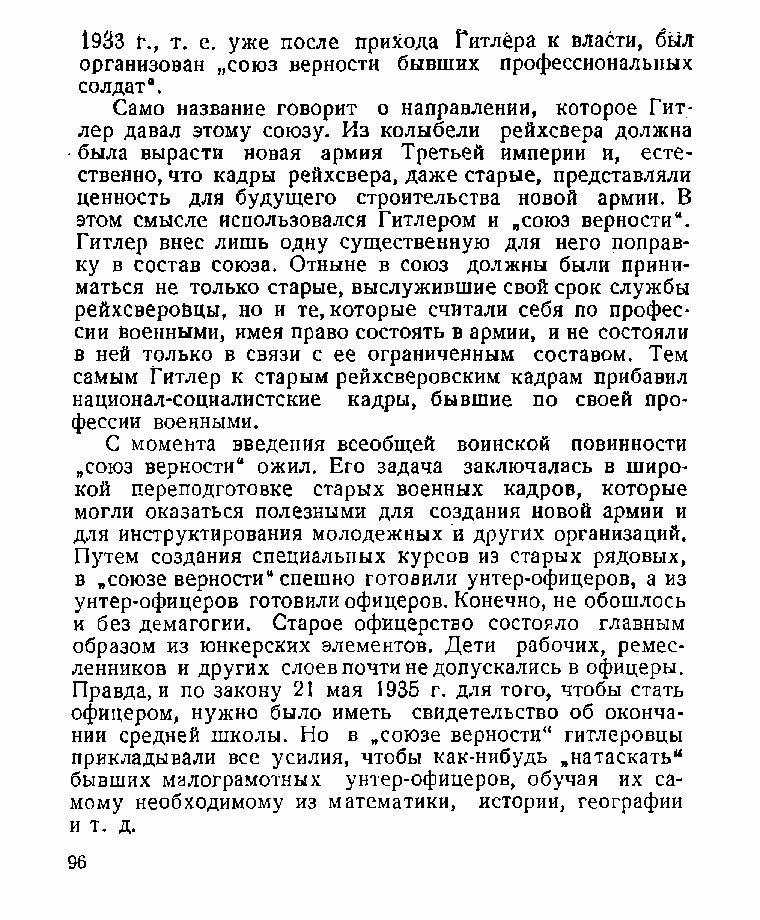
1933 г., т. е. уже после прихода Гитлера к власти, был
 организован „союз верности бывших профессиональных
 солдат*.
 Само название говорит о направлении, которое Гит­
 лер давал этому союзу. Из колыбели рейхсвера должна
 была вырасти новая армия Третьей империи и, есте­
 ственно, что кадры рейхсвера, даже старые, представляли
 ценность для будущего строительства новой армии. В
 этом смысле использовался Гитлером и „союз верности“.
 Гитлер внес лишь одну существенную для него поправ­
 ку в состав союза. Отныне в союз должны были прини­
 маться не только старые, выслужившие свой срок службы
 рейхсверовцы, но и те, которые считали себя по профес­
 сии военными, имея право состоять в армии, и не состояли
 в ней только в связи с ее ограниченным составом. Тем
 самым Гитлер к старым рейхсверовским кадрам прибавил
 национал-социалистские кадры, бывшие по своей про­
 фессии военными.
 С момента введения всеобщей воинской повинности
 „союз верности“ ожил. Его задача заключалась в широ­
 кой переподготовке старых военных кадров, которые
 могли оказаться полезными для создания новой армии и
 для инструктирования молодежных й других организаций.
 Путем создания специальных курсов из старых рядовых,
 в „союзе верности“ спешно готовили унтер-офицеров, а из
 унтер-офицеров готовили офицеров. Конечно, не обошлось
 и без демагогии. Старое офицерство состояло главным
 образом из юнкерских элементов. Дети рабочих, ремес­
 ленников и других слоев почти не допускались в офицеры.
 Правда, и по закону 21 мая 1935 г. для того, чтобы стать
 офицером, нужно было иметь свидетельство об оконча­
 нии средней школы. Но в „союзе верности“ гитлеровцы
 прикладывали все усилия, чтобы как-нибудь „натаскать“
 бывших малограмотных унтер-офицеров, обучая их са­
 мому необходимому из математики, истории, географии
 и т. д.
 96